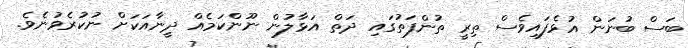
ބަސް ބުނަން އުޅެފައިވެސް ތިރީ ތުންފަތުގައި ދަތް އަޅާލުން ނޫންކަމެއް ދީނާއަކަށް ނުކުރެވުނެވެ.